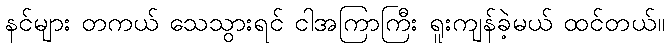
နင်များ တကယ် သေသွားရင် ငါအကြာကြီး ရူးကျန်ခဲ့မယ် ထင်တယ်။